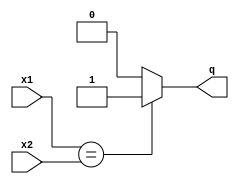
`timescale 1ns/1ns
module Comperator (x1, x2, q);
  input signed [31:0] x1, x2;
  output  q;
  assign q = x1 == x2 ? 1 : 0;
endmodule